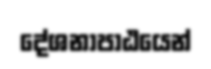
දේශනාපාඨයෙන්